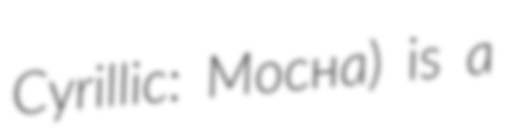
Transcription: Cyrillic: Мосна) is a